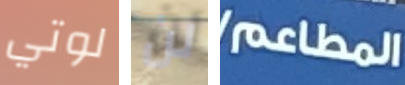
لوتي لن المطاعم